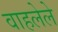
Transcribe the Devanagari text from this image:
वाहलेले